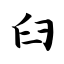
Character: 臼